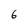
Character: 6